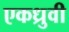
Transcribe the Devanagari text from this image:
एकध्रुवी